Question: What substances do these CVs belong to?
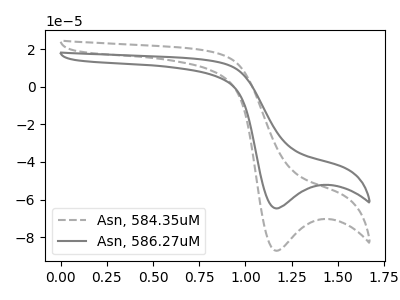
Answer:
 <answer>The gray dashed curve is labeled "Asn, 584.35uM". The gray curve is labeled "Asn, 586.27uM".</answer>
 <eval></eval>